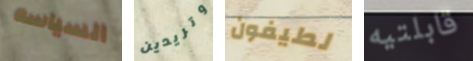
السياسه وتريدين لطيفون قابلتيه